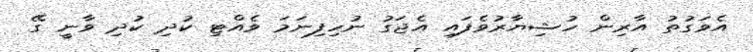
އެވަގުތު އާރިން ހުޝިޔާރުވެފައި އެޖަގު ނުހިފިނަމަ ވެއްޓި ކުދި ކުދި ވާނީ ގޭ